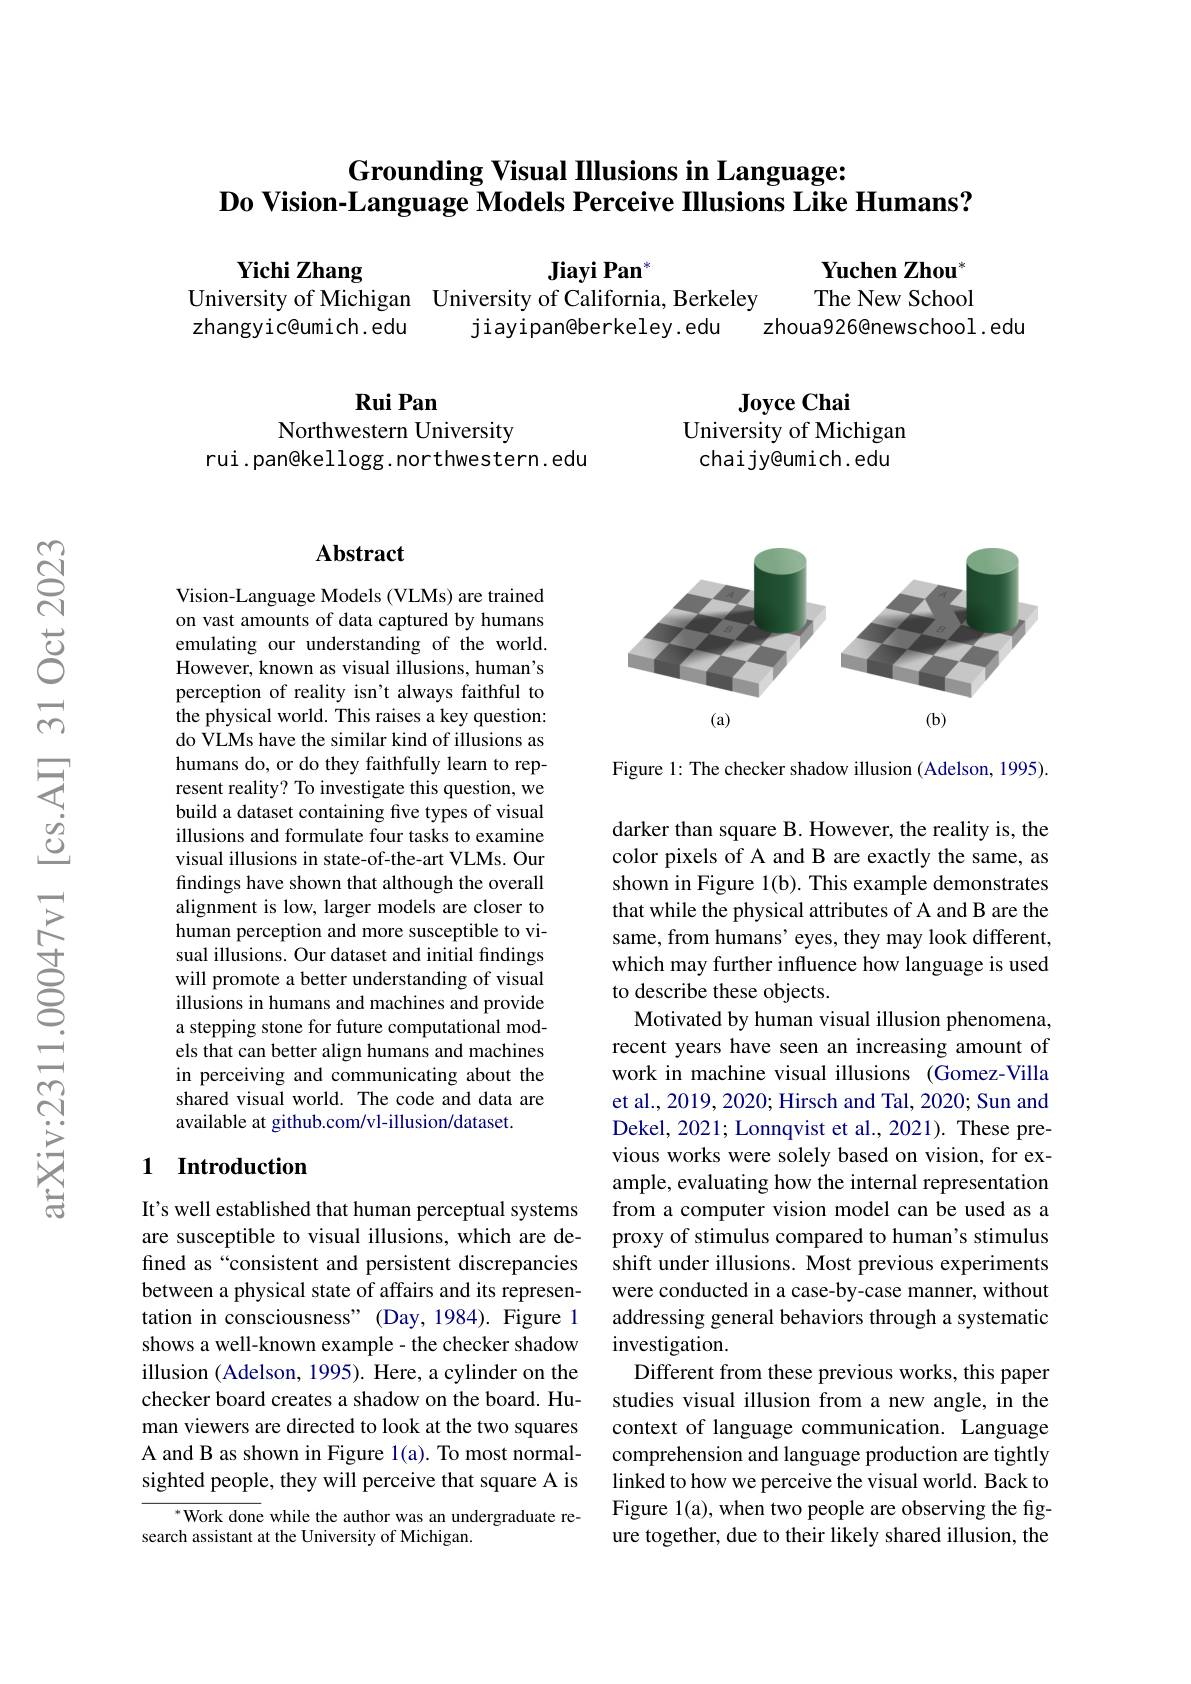
# Grounding Visual IIlusions in Language: $\textbf{Do Vision- Language Models Perceive Illusions Like Humans? }$

$\textbf{Yichi Zhang}_{\text{Jniversity of Michigan}}$ University of California, Berkeley$_{\text{zhangviceumich.edu}}$ iiavipan@berkelev.edu

Yuchen Zhou" The New School
zhoua926@newschool. edu

Rui Pan

Joyce Chai
University of Michigan chaijy@umich.edu

Northwestern University
rui .pan@kellogg . northwestern. edu

### $\mathbf{Abstract}$

Vision-Language Models (VLMs) are trained on vast amounts of data captured by humans emulating our understanding of the world. However, known as visual illusions, human's perception of reality isn't always faithful to the physical world. This raises a key question: do VLMs have the similar kind of illusions as humans do, or do they faithfully learn to represent reality? To investigate this question, we build a dataset containing five types of visual illusions and formulate four tasks to examine visual illusions in state-of-the-art VLMs. Our findings have shown that although the overall alignment is low, larger models are closer to human perception and more susceptible to visual illusions. Our dataset and initial findings will promote a better understanding of visual illusions in humans and machines and provide a stepping stone for future computational models that can better align humans and machines in perceiving and communicating about the shared visual world. The code and data are available at github.com/vl-illusion/dataset.

## 1 Introduction

It's well established that human perceptual systems are susceptible to visual illusions, which are defined as“consistent and persistent discrepancies between a physical state of affairs and its representation in consciousness" (Day,1984). Figure 1 shows a well-known example- the checker shadow illusion (Adelson, 1995). Here, a cylinder on the checker board creates a shadow on the board. Human viewers are directed to look at the two squares A and B as shown in Figure 1(a). To most normalsighted people, they will perceive that square A is

$^*$Work done while the author was an undergraduate re-
search assistant at the University of Michigan.

<FigureHere>

Figure 1: The checker shadow illusion (Adelson, 1995).

darker than square B. However, the reality is, the color pixels of A and B are exactly the same, as shown in Figure 1(b). This example demonstrates that while the physical attributes of A and B are the same, from humans' eyes, they may look different, which may further influence how language is used to describe these objects.
Motivated by human visual illusion phenomena, recent years have seen an increasing amount of work in machine visual illusions (Gomez-Villa et al., 2019, 2020; Hirsch and Tal, 2020; Sun and Dekel, 2021; Lonnqvist et al., 2021). These previous works were solely based on vision, for example, evaluating how the internal representation from a computer vision model can be used as a proxy of stimulus compared to human's stimulus shift under illusions. Most previous experiments were conducted in a case-by-case manner, without addressing general behaviors through a systematic investigation.
Different from these previous works, this paper studies visual illusion from a new angle, in the context of language communication. Language comprehension and language production are tightly linked to how we perceive the visual world. Back to Figure 1(a), when two people are observing the figure together, due to their likely shared illusion, the